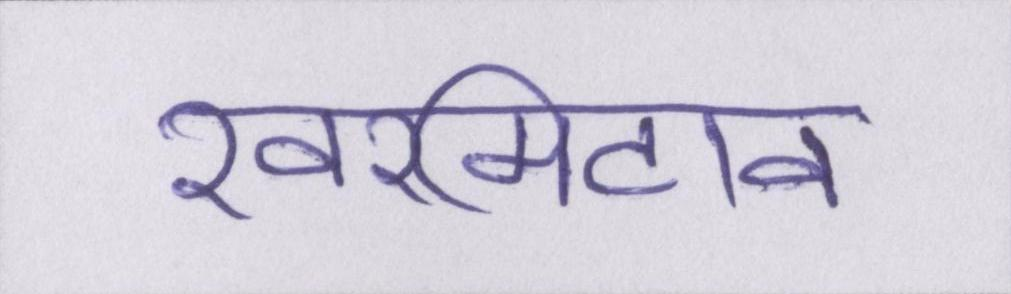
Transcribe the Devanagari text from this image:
खरमिटाव